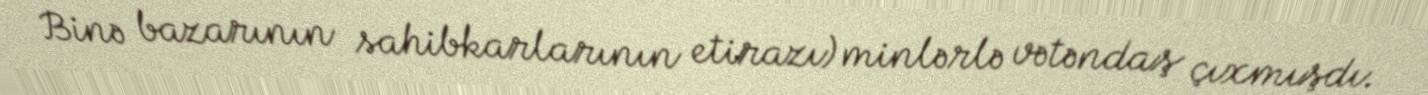
Binə bazarının sahibkarlarının etirazı) minlərlə vətəndaş çıxmışdı.